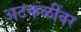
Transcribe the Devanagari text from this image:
अटकळींवर